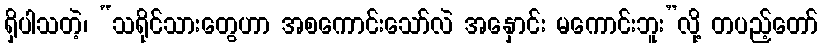
ရှိပါသတဲ့၊ “သရိုင်သားတွေဟာ အစကောင်းသော်လဲ အနှောင်း မကောင်းဘူး”လို့ တပည့်တော်